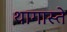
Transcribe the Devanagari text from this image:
थागास्ते